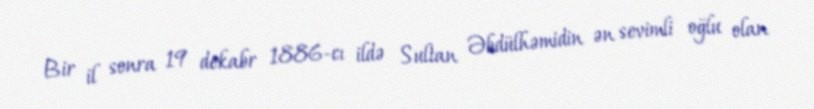
Bir il sonra 19 dekabr 1886-cı ildə Sultan Əbdülhəmidin ən sevimli oğlu olan